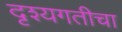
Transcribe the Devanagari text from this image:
दृश्यगतीचा